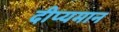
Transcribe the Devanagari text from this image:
दीप्यमान